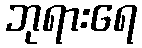
ဘုရားရေ